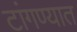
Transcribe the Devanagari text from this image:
टांगण्यात